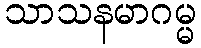
သာသနမာဂမ္မ